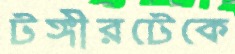
টঙ্গীরটেকে